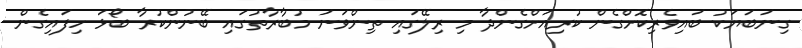
ގިނަބަޔަކު ބައިވެރިކޮށްގެން ކުރިއަށްގެންދާ މި ރިލޭގައި ތިންވަނަ މުބާރާތުގައި ބޭނުންކުރާ ބޯޅަ ހިފައިގެން